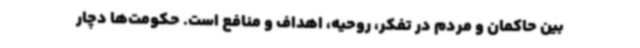
بین حاکمان و مردم در تفکر، روحیه، اهداف و منافع است. حکومت‌ها دچار